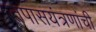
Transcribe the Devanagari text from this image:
तपासयंत्रणांची